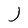
Character: J